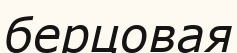
берцовая